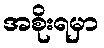
အစိုးရမှာ